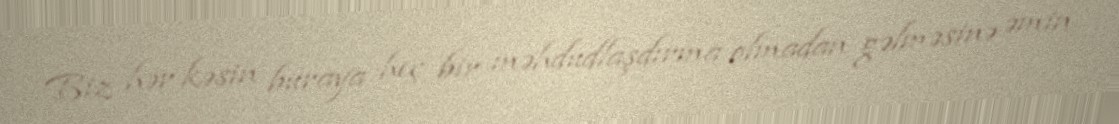
Biz hər kəsin buraya heç bir məhdudlaşdırma olmadan gəlməsinə əmin